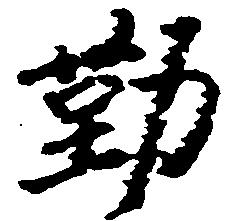
勤